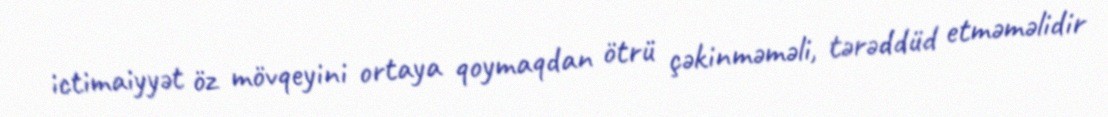
ictimaiyyət öz mövqeyini ortaya qoymaqdan ötrü çəkinməməli, tərəddüd etməməlidir